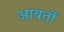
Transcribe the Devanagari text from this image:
आयर्तो